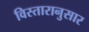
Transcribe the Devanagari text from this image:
विस्तारानुसार